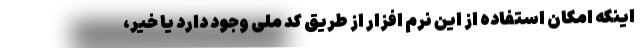
اینکه امکان استفاده از این نرم افزار از طریق کد ملی وجود دارد یا خیر،